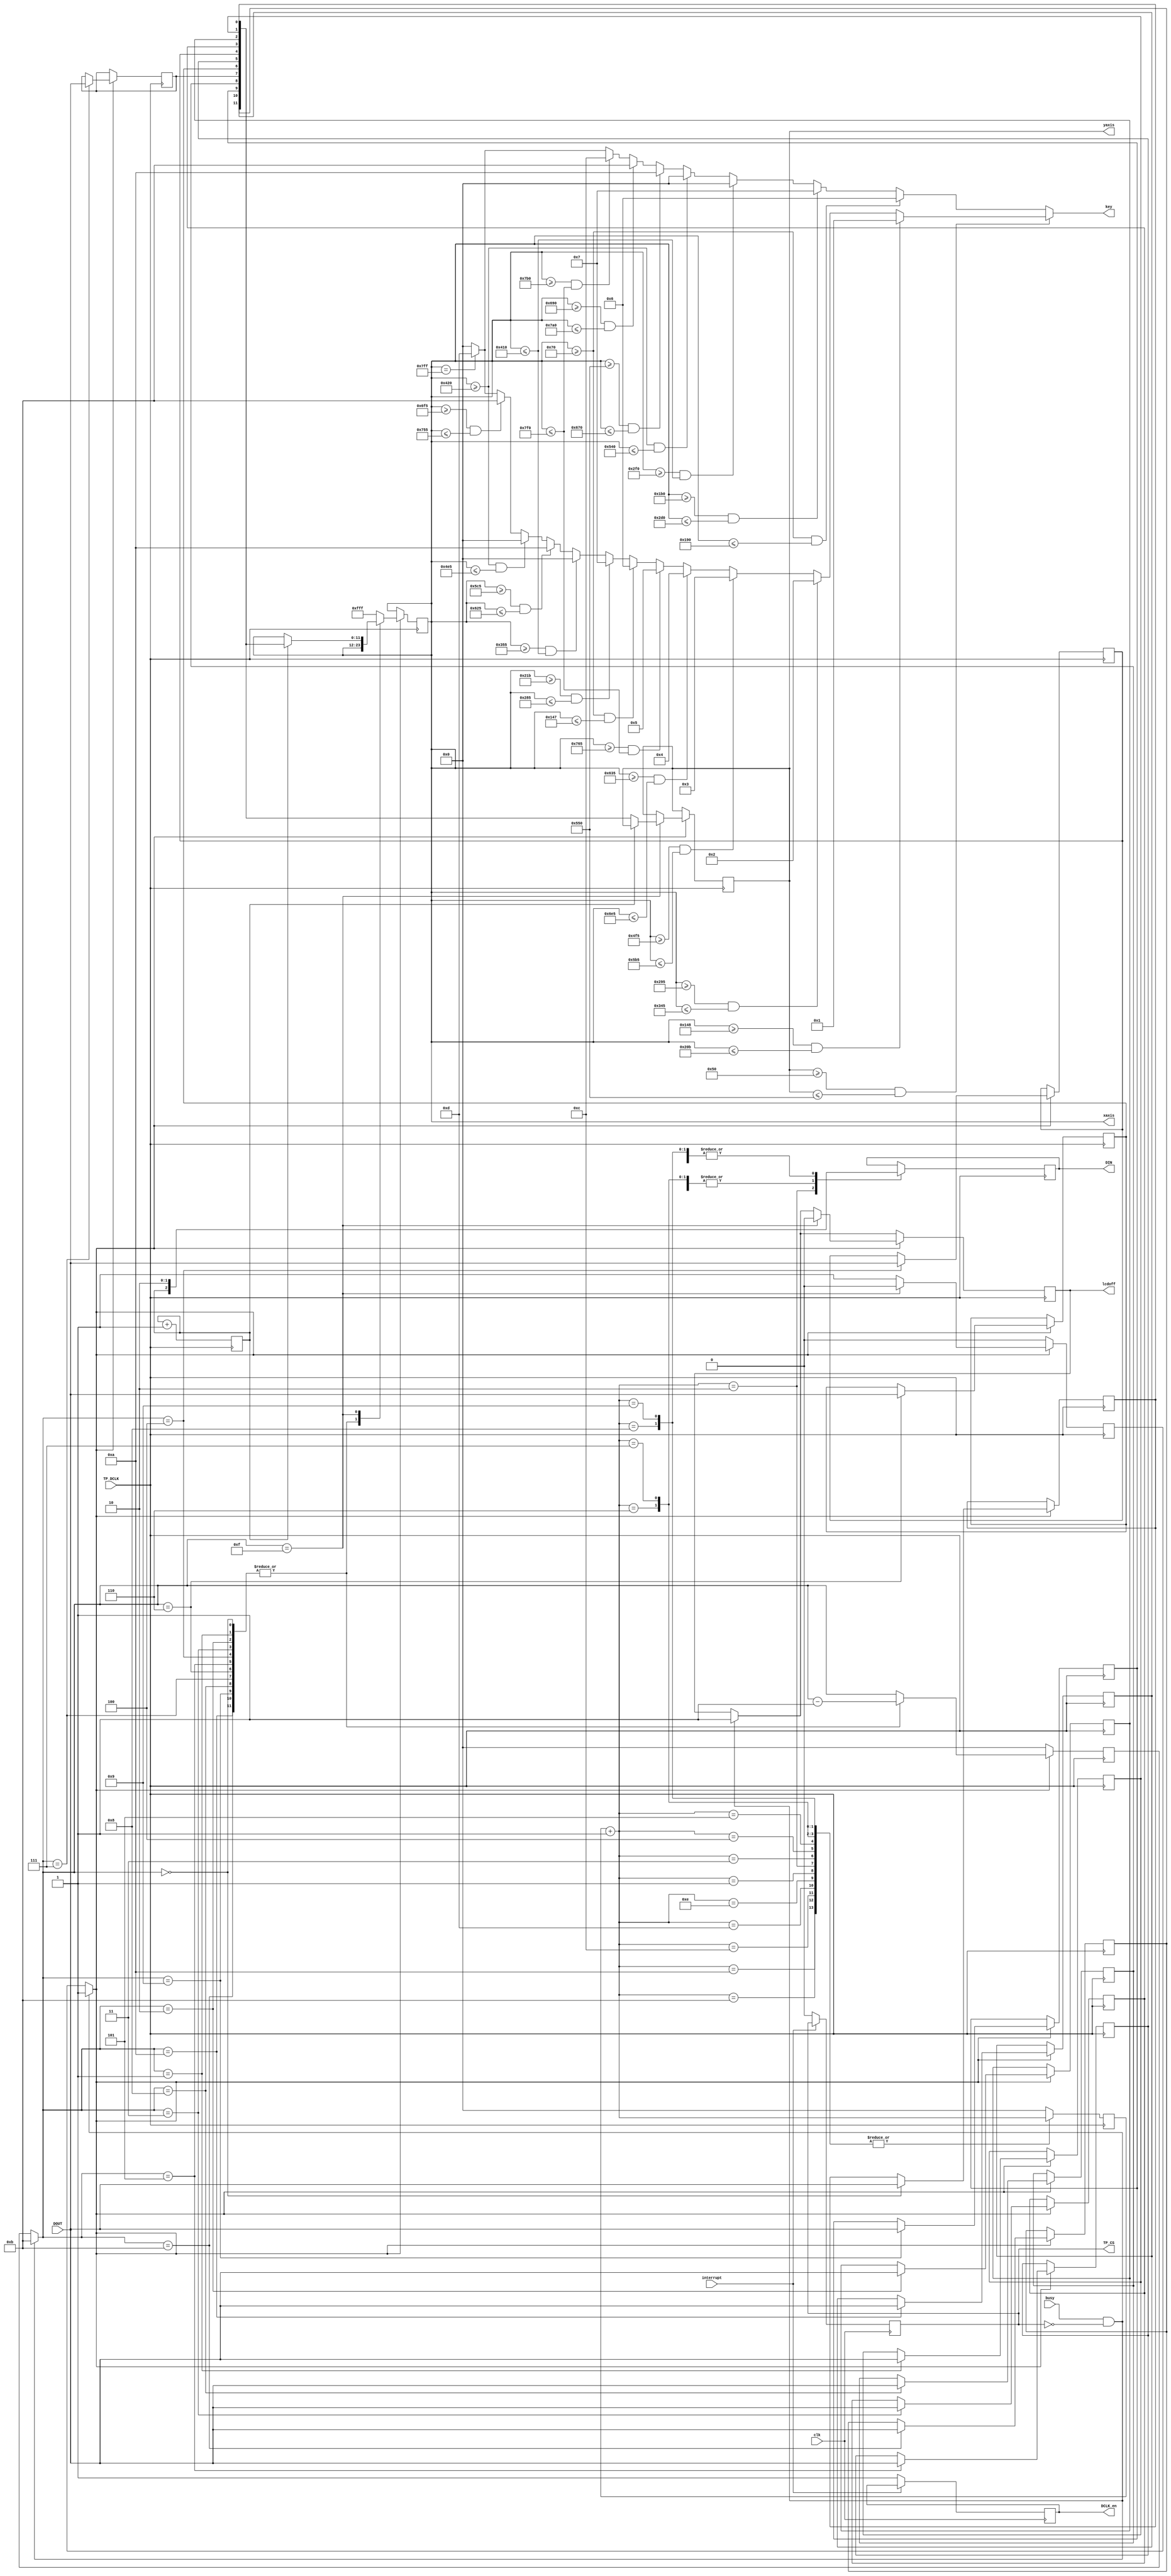
`timescale 1ns / 1ps
//////////////////////////////////////////////////////////////////////////////////
// Company: 
// Engineer: 
// 
// Design Name: 
// Module Name:    axis 
// Project Name: 
// Target Devices: 
// Tool versions: 
// Description: 
//
// Dependencies: 
//
// Revision: 
// Revision 0.01 - File Created
// Additional Comments: 
//
//////////////////////////////////////////////////////////////////////////////////
module axis(input busy,interrupt,TP_DCLK,DOUT,clk,output reg DCLK_en,lcdoff,DIN,TP_CS,output reg [3:0]key,
output reg [11:0]xaxis,yaxis

    );

//reg [11:0]xaxis,yaxis;
reg [3:0]c,count;
reg x;
reg y;
reg x12,x11,x10,x9,x8,x7,x6,x5,x4,x3,x2,x1;

initial begin 
TP_CS =1;
c=4'd11;
x=0;
y=0;
count =4'b0;
DIN=0;
DCLK_en=0;
end

always@(posedge clk)
begin
if(interrupt==0)begin
TP_CS=0;DCLK_en=1;end
//else if(lcdoff==0)DCLK_en =0;


end

always@(negedge TP_DCLK)
begin
count = count+1'b1;
case(count)
1:DIN =1;
2:DIN = x;
3:DIN = 0;
4:DIN = 1;
5:DIN = 0;
6:DIN = 1;
7:DIN = 1;
8:DIN = 0;
9:DIN = 0;
10:;
11:;
12:;
13:;
14:;
15:count=0;
default:count=0;
endcase
x=x+1'b1;
end 



always@(negedge TP_DCLK)
begin
if(busy & TP_CS==0)begin c=4'd11; y=1;lcdoff=1;end
if(y)begin
case(c)
11:begin x12 = DOUT; c =c-1'b1;end
10:begin x11 = DOUT; c =c-1'b1;end
9:begin x10 = DOUT; c =c-1'b1;end
8:begin x9 = DOUT; c =c-1'b1;end
7:begin x8 = DOUT; c =c-1'b1;end
6:begin x7 = DOUT; c =c-1'b1;end
5:begin x6 = DOUT; c =c-1'b1;end
4:begin x5 = DOUT; c =c-1'b1;end
3:begin x4 = DOUT; c =c-1'b1;end
2:begin x3 = DOUT; c =c-1'b1;end
1:begin x2 = DOUT; c =c-1'b1;end
0:begin x1 = DOUT; c =c-1'b1;end
15:begin if(x)xaxis ={x12,x11,x10,x9,x8,x7,x6,x5,x4,x3,x2,x1}; 
			else yaxis ={x12,x11,x10,x9,x8,x7,x6,x5,x4,x3,x2,x1};
			y=0;lcdoff=0;end
default: xaxis =12'hfff;
endcase
end
else c=0;
end


always@(xaxis,yaxis)
begin
/////////////////////////black keys///////////////////////////////////////

if(yaxis>=12'h050 & yaxis <=12'h550)begin
if(xaxis >=12'h148 & xaxis <=12'h20b )
key=1;
else if(xaxis >=12'h295 & xaxis <=12'h345 )
	  key = 2;
     else if(xaxis >=12'h4f5 & xaxis <=12'h5b5 )
          key = 3;
          else if(xaxis >=12'h635 & xaxis <=12'h6e5 )
               key = 4;
               else if(xaxis >=12'h765 & xaxis <=12'h7f0 )
						  key = 5;
						  else if(xaxis >=12'h070 & xaxis <=12'h147 )
								 key =6;
								 else if(xaxis >=12'h21b & xaxis <=12'h285 )
										key =7;
										else if(xaxis >=12'h355 & xaxis <=12'h410 )
                                   key = 0;
											  else if(xaxis >=12'h5c5 & xaxis <=12'h625 )
                                        key = 10;
													 else if(xaxis >=12'h420 & xaxis <=12'h4e5 )
                                             key = 0;
															else if(xaxis >=12'h6f5 & xaxis <=12'h755 )
                                                  key = 11;
																  else if(xaxis >=12'h765 & xaxis <=12'h7f0 )
                                                       key = 12;
																		 else if(xaxis==12'h7ff )
                                                             key = 13;
																				 else
																				 key = 0;
end

else
begin
	if(xaxis >=12'h070 & xaxis <=12'h190 )
	key =6;
	else if(xaxis >=12'h1b0 & xaxis <=12'h2d0 )
			key =7;
			else if(xaxis >=12'h2f0 & xaxis <=12'h410 )
               key = 0;
					else if(xaxis >=12'h420 & xaxis <=12'h540 )
                     key = 0;
							else if(xaxis >=12'h550 & xaxis <=12'h670 )
                          key = 10;
									else if(xaxis >=12'h690 & xaxis <=12'h7a0 )
                                 key = 11;
											else if(xaxis >=12'h7b0 & xaxis <=12'h7f0 )
                                       key = 12;
													else if(xaxis ==12'h7ff )
                                             key = 13;
															else key = 0;
end

end
endmodule